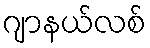
ဂျာနယ်လစ်